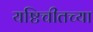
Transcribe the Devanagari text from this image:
यष्टिचीतच्या